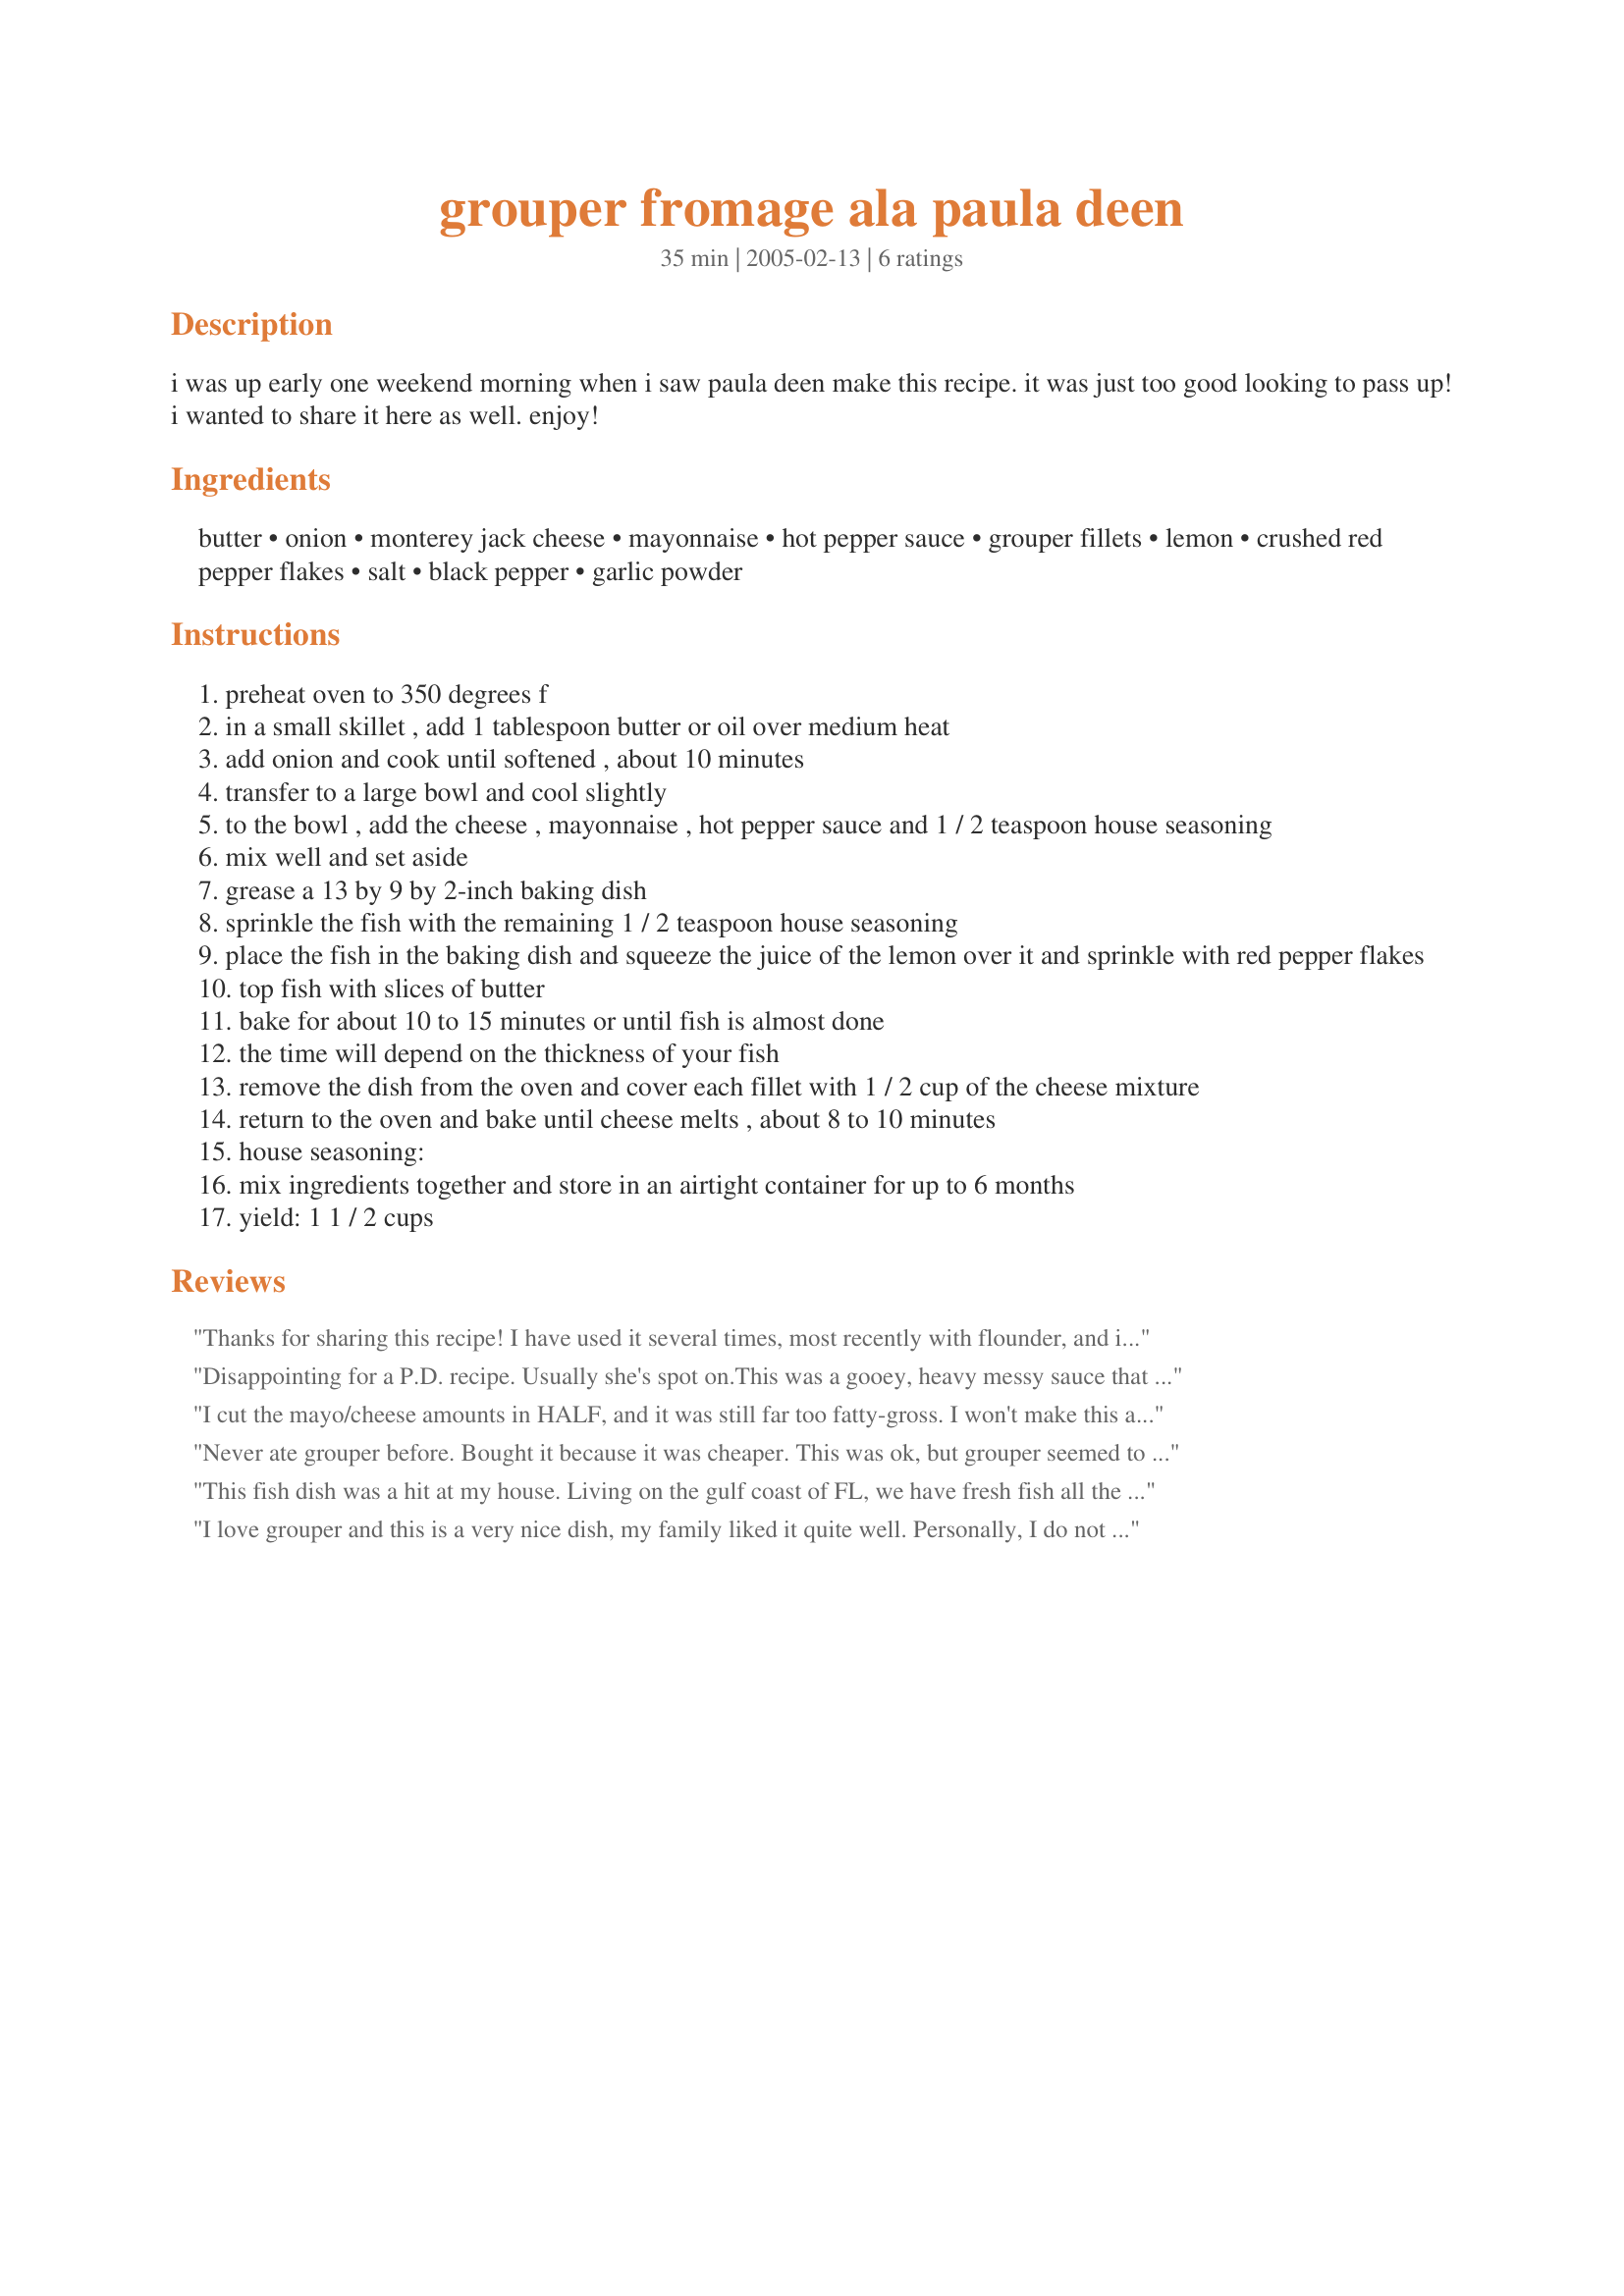
grouper fromage ala paula deen
Preparation time: 35 minutes

i was up early one weekend morning when i saw paula deen make this recipe. it was just too good looking to pass up! i wanted to share it here as well. enjoy!

Ingredients:
butter, onion, monterey jack cheese, mayonnaise, hot pepper sauce, grouper fillets, lemon, crushed red pepper flakes, salt, black pepper, garlic powder

Steps:
preheat oven to 350 degrees f
in a small skillet , add 1 tablespoon butter or oil over medium heat
add onion and cook until softened , about 10 minutes
transfer to a large bowl and cool slightly
to the bowl , add the cheese , mayonnaise , hot pepper sauce and 1 / 2 teaspoon house seasoning
mix well and set aside
grease a 13 by 9 by 2-inch baking dish
sprinkle the fish with the remaining 1 / 2 teaspoon house seasoning
place the fish in the baking dish and squeeze the juice of the lemon over it and sprinkle with red pepper flakes
top fish with slices of butter
bake for about 10 to 15 minutes or until fish is almost done
the time will depend on the thickness of your fish
remove the dish from the oven and cover each fillet with 1 / 2 cup of the cheese mixture
return to the oven and bake until cheese melts , about 8 to 10 minutes
house seasoning:
mix ingredients together and store in an airtight container for up to 6 months
yield: 1 1 / 2 cups

Reviews:
Thanks for sharing this recipe! I have used it several times, most recently with flounder, and it is always delicious.
Disappointing for a P.D. recipe. Usually she's spot on.<br/>This was a gooey, heavy messy sauce that did absolutely nothing for a prime<br/>piece of fish.<br/>Sorry, Paula. Won't make this again.
I cut the mayo/cheese amounts in HALF, and it was still far too fatty-gross. I won't make this again, and would certainly never serve it to guests. Ugh.
Never ate grouper before. Bought it because it was cheaper. This was ok, but grouper seemed to be a fishy fish in my opinion. Too much topping on each fillet. Topping was ok though. Probably the last time I make this dish. Thanks for posting though...
This fish dish was a hit at my house. Living on the gulf coast of FL, we have fresh fish all the time. I have also used redfish. Everyone raved over this dish.
I love grouper and this is a very nice dish, my family liked it quite well. Personally, I do not like the combination of cheese with fish. But that is my own taste. I will make this again.
